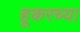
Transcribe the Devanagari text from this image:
हूकरच्या